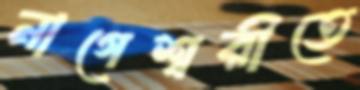
নাগেশ্বরীতে